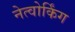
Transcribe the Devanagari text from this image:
नेत्वोर्किंग